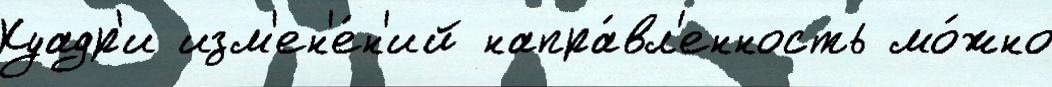
Куадр'и изм'ен'е́н'ий напра́вл'енность мо́жно